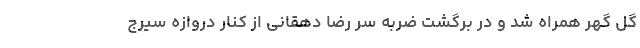
گل گهر همراه شد و در برگشت ضربه سر رضا دهقانی از کنار دروازه سیرج